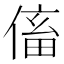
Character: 傗